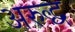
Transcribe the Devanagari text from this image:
अरुद्ध